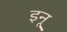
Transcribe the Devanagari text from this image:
इनू